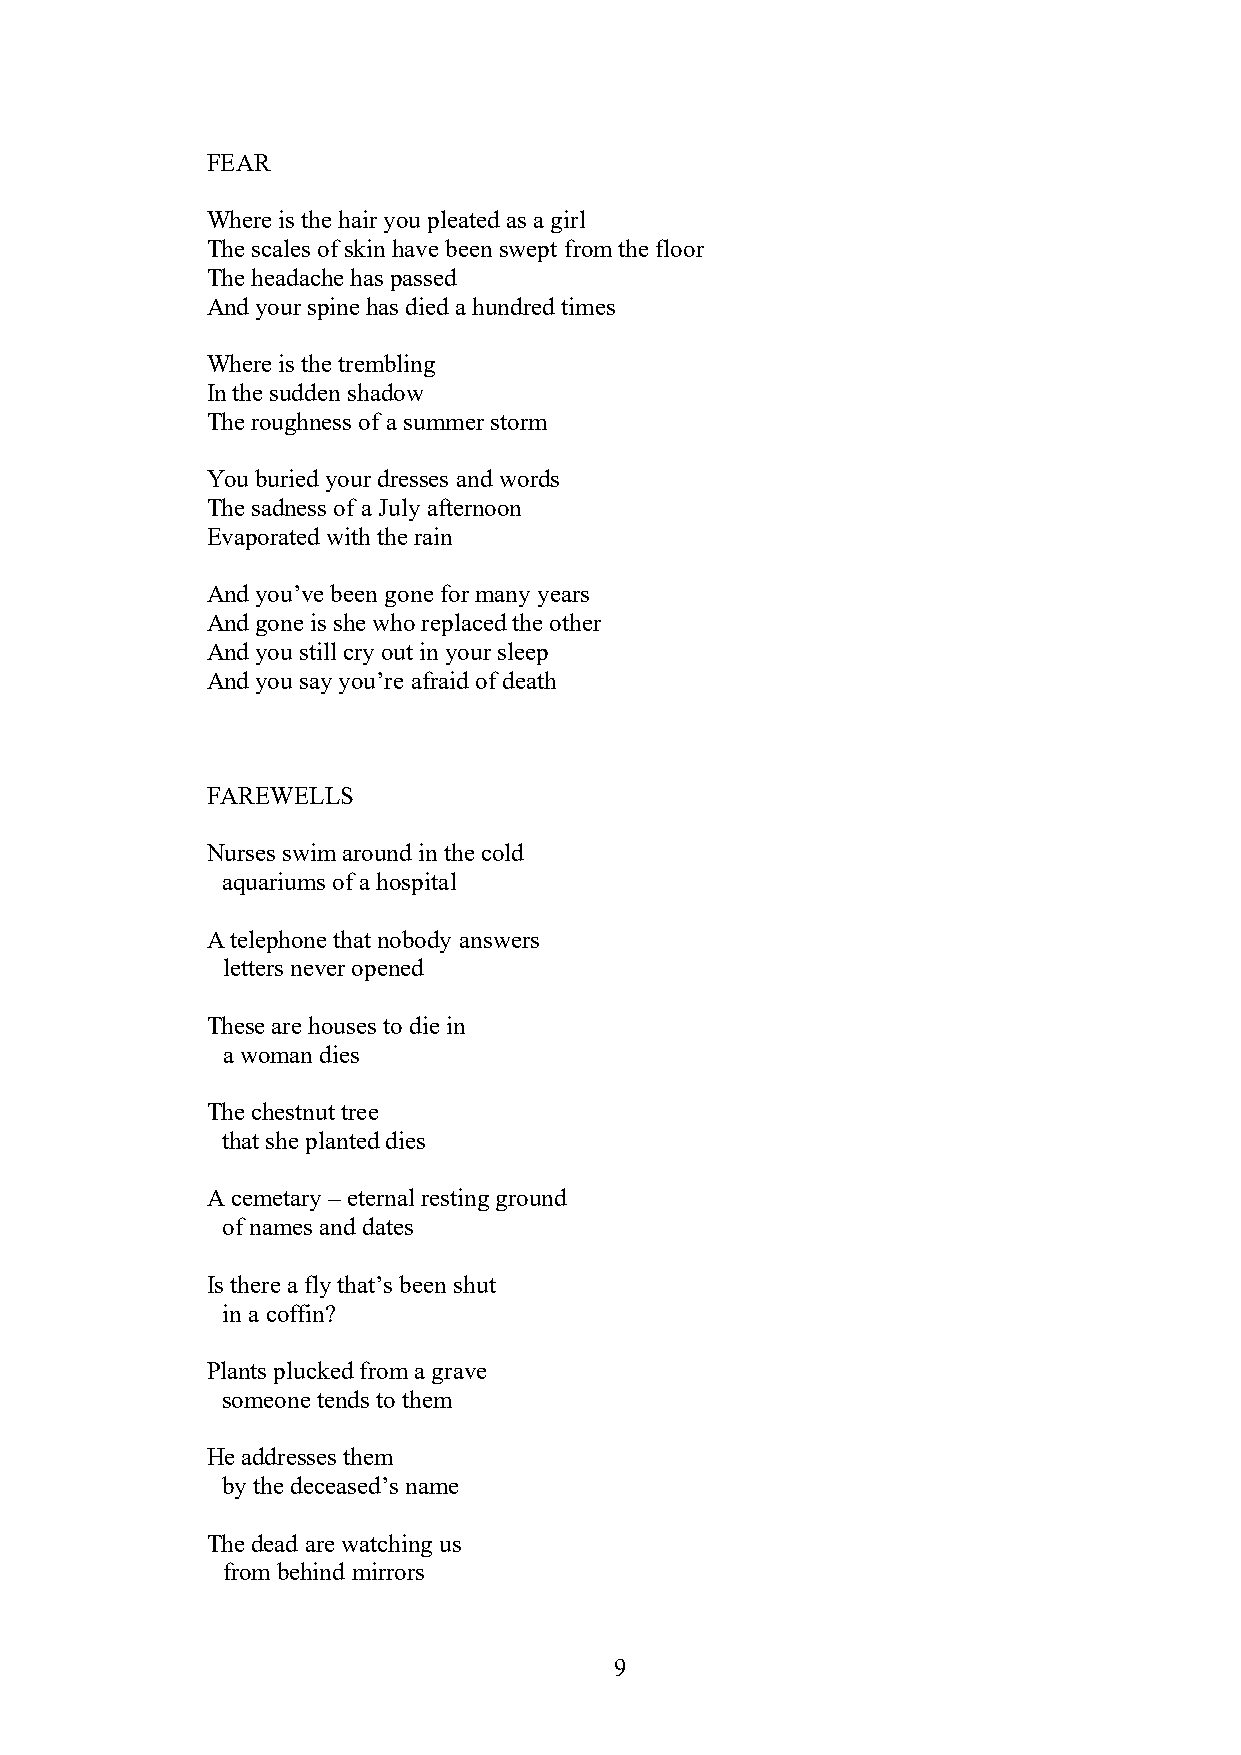
FEAR
 Where is the hair you pleated as a girl
 The scales of skin have been swept from the floor
 The headache has passed
 And your spine has died a hundred times
 Where is the trembling
 In the sudden shadow
 The roughness of a summer storm
 You buried your dresses and words
 The sadness of a July afternoon
 Evaporated with the rain
 And you’ve been gone for many years
 And gone is she who replaced the other
 And you still cry out in your sleep
 And you say you’re afraid of death
 FAREWELLS
 Nurses swim around in the cold
 aquariums of a hospital
 A telephone that nobody answers
 letters never opened
 These are houses to die in
 a woman dies
 The chestnut tree
 that she planted dies
 A cemetary – eternal resting ground
 of names and dates
 Is there a fly that’s been shut
 in a coffin?
 Plants plucked from a grave
 someone tends to them
 He addresses them
 by the deceased’s name
 The dead are watching us
 from behind mirrors
 9